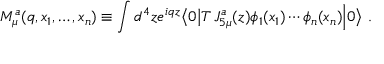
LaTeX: M _ { \mu } ^ { a } ( q , x _ { 1 } , \ldots , x _ { n } ) \equiv \int d ^ { 4 } z e ^ { i q z } \bigl \langle 0 \bigl \vert T \, J _ { 5 \mu } ^ { a } ( z ) \phi _ { 1 } ( x _ { 1 } ) \cdots \phi _ { n } ( x _ { n } ) \Bigr \vert 0 \bigr \rangle \ .